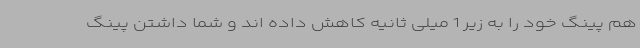
هم پینگ خود را به زیر 1 میلی ثانیه کاهش داده اند و شما داشتن پینگ